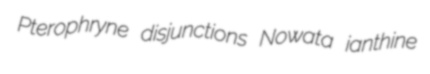
Pterophryne disjunctions Nowata ianthine